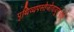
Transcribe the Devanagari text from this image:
पृथिव्यपस्तेजोवायुराकाशं